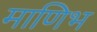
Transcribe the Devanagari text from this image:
माणिभ